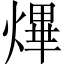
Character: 熚